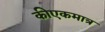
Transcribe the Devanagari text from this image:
कीएकमात्र